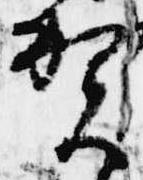
賀